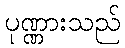
ပုဏ္ဏားသည်